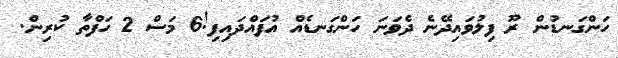
ހަންގަނޑުން ރޫ ފިލުވައިދޭނެ ދެވަނަ ހަންގަނޑެއް އުފައްދައިފި!6 މަސް 2 ހަފްތާ ކުރިން.